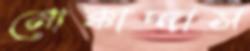
মোক্কাদ্দাস